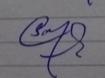
Signature authenticity: genuine